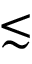
\lesssim